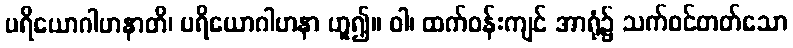
ပရိယောဂါဟနာတိ၊ ပရိယောဂါဟနာ ဟူ၍။ ဝါ၊ ထက်ဝန်းကျင် အာရုံ၌ သက်ဝင်တတ်သော